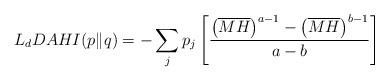
LaTeX: \begin{align*}L_{d}DAHI(p\|q)=-\sum_{j}p_{j}\left[\frac{\left(\overline{MH}\right)^{a-1}-\left(\overline{MH}\right)^{b-1}}{a-b}\right] \end{align*}